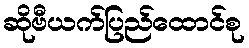
ဆိုဗီယက်ပြည်ထောင်စု